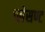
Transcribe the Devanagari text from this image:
प्लेसण्ट